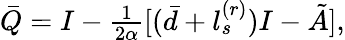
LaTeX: \begin{array}{r}{\bar{Q}=I-\frac{1}{2\alpha}[(\bar{d}+l_{s}^{(r)})I-\tilde{A}],}\end{array}